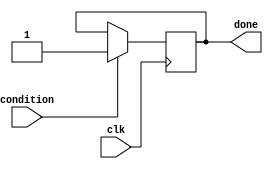
module conditional_wait_block (
    input wire condition,        // Condition signal
    input wire clk,             // Clock signal for monitoring
    output reg done             // Output signal indicating completion of wait
);

    // Initial state
    initial begin
        done = 0;               // Set done to false initially
    end

    // Always block to monitor the condition
    always @(posedge clk) begin
        if (condition) begin
            // Condition met, resume operations
            done <= 1;          // Indicate that the wait is over
            // Perform any post-condition actions here
        end
    end

    // Optionally, you can include a blocking wait mechanism
    // but it is generally not recommended in simulation.
    // Instead, the always block provides a non-blocking wait.

endmodule